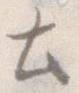
と